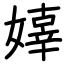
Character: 嫴